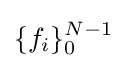
\{f_{i}\}_{0}^{N-1}